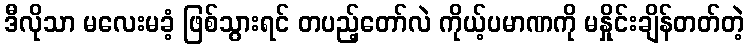
ဒီလိုသာ မလေးမခံ့ ဖြစ်သွားရင် တပည့်တော်လဲ ကိုယ့်ပမာဏကို မနှိုင်းချိန်တတ်တဲ့